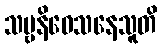
သဗ္ဗနိဝေသနေသူတိ